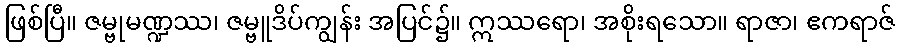
ဖြစ်ပြီ။ ဇမ္ဗုမဏ္ဍဿ၊ ဇမ္ဗူဒိပ်ကျွန်း အပြင်၌။ ဣဿရော၊ အစိုးရသော။ ရာဇာ၊ ဧကရာဇ်